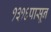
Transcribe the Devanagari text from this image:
१३१६पासून